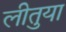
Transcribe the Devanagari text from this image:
लीतुया